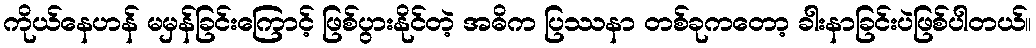
ကိုယ်နေဟန် မမှန်ခြင်းကြောင့် ဖြစ်ပွားနိုင်တဲ့ အဓိက ပြဿနာ တစ်ခုကတော့ ခါးနာခြင်းပဲဖြစ်ပါတယ်။